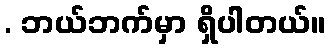
. ဘယ်ဘက်မှာ ရှိပါတယ်။